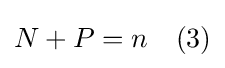
N+P=n\quad (3)